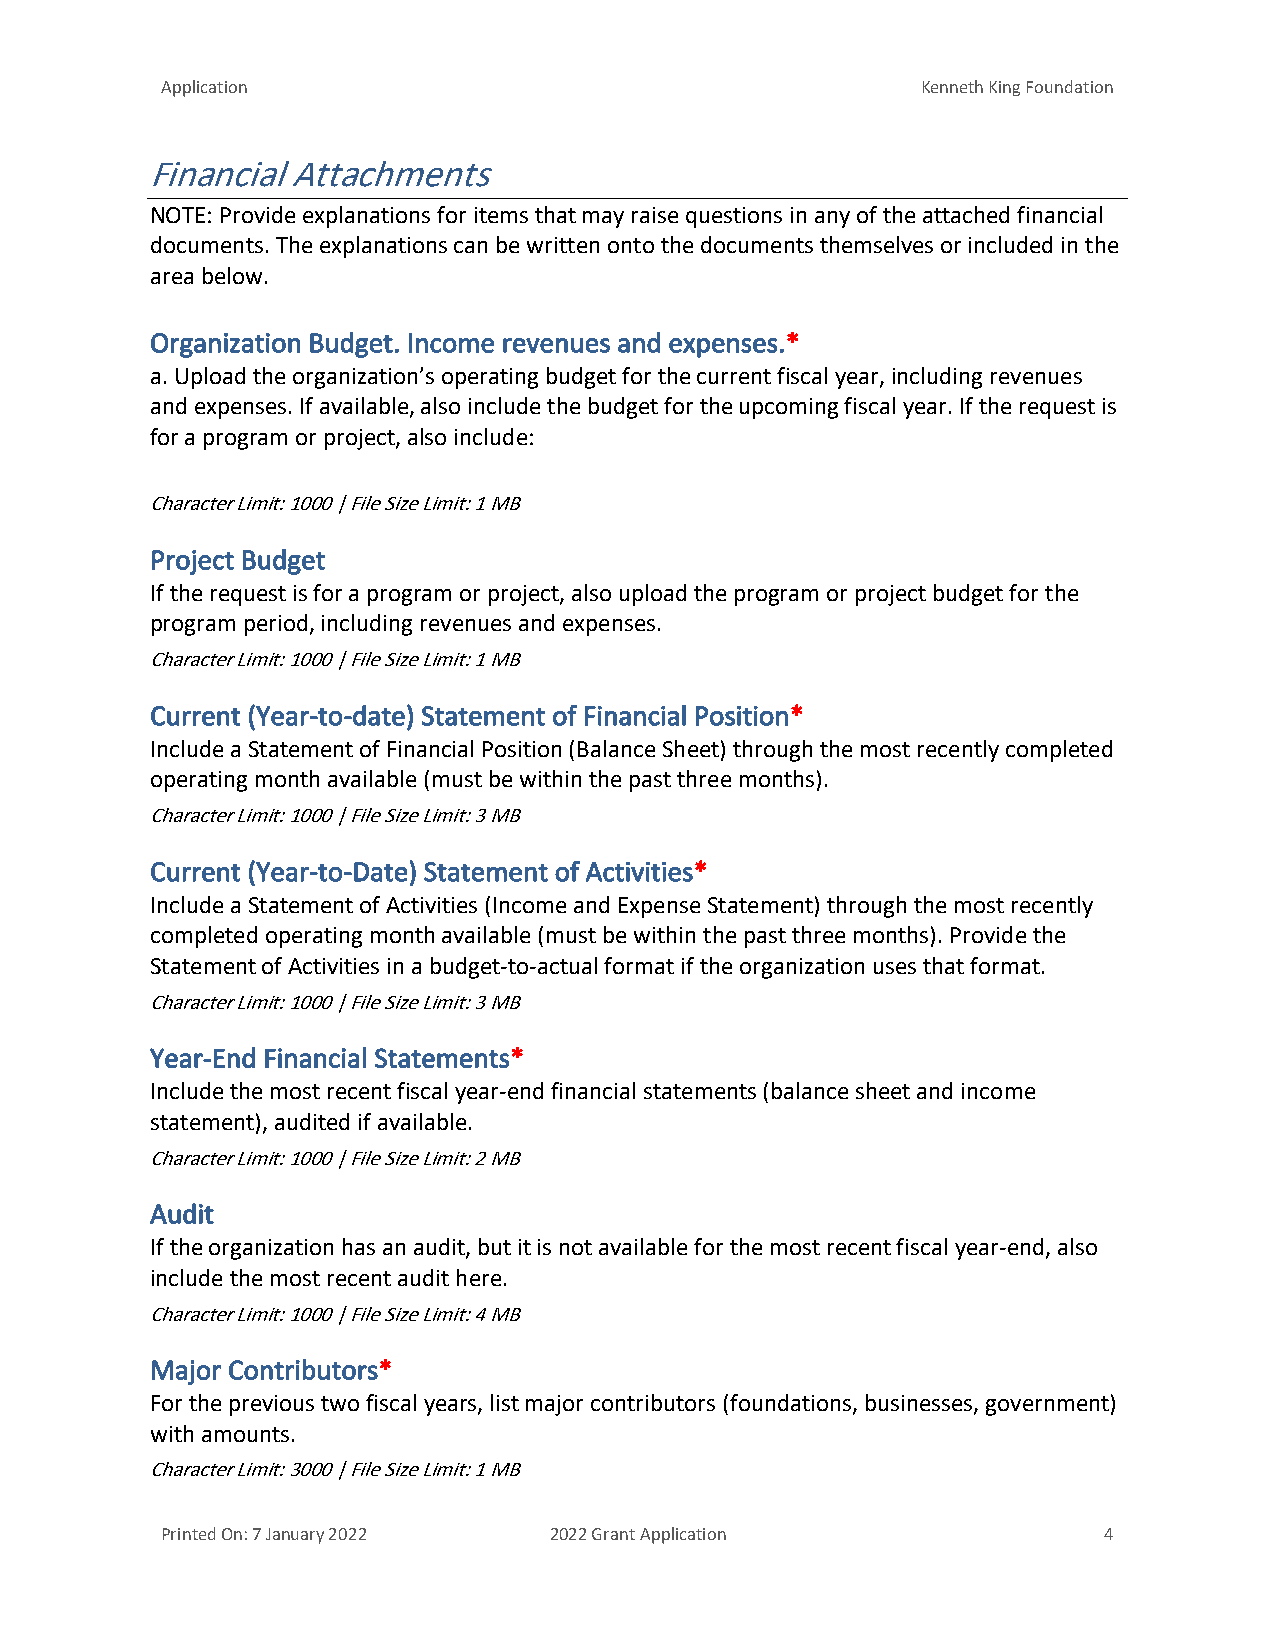
Application                                       Kenneth King Foundation
 Financial Attachments
 NOTE: Provide explanations for items that may raise questions in any of the attached financial
 documents. The explanations can be written onto the documents themselves or included in the
 area below.
 Organization Budget. Income revenues and expenses.*
 a. Upload the organization’s operating budget for the current fiscal year, including revenues
 and expenses. If available, also include the budget for the upcoming fiscal year. If the request is
 for a program or project, also include:
 Character Limit: 1000 | File Size Limit: 1 MB
 Project Budget
 If the request is for a program or project, also upload the program or project budget for the
 program period, including revenues and expenses.
 Character Limit: 1000 | File Size Limit: 1 MB
 Current (Year-to-date) Statement of Financial Position*
 Include a Statement of Financial Position (Balance Sheet) through the most recently completed
 operating month available (must be within the past three months).
 Character Limit: 1000 | File Size Limit: 3 MB
 Current (Year-to-Date) Statement of Activities*
 Include a Statement of Activities (Income and Expense Statement) through the most recently
 completed operating month available (must be within the past three months). Provide the
 Statement of Activities in a budget-to-actual format if the organization uses that format.
 Character Limit: 1000 | File Size Limit: 3 MB
 Year-End Financial Statements*
 Include the most recent fiscal year-end financial statements (balance sheet and income
 statement), audited if available.
 Character Limit: 1000 | File Size Limit: 2 MB
 Audit
 If the organization has an audit, but it is not available for the most recent fiscal year-end, also
 include the most recent audit here.
 Character Limit: 1000 | File Size Limit: 4 MB
 Major Contributors*
 For the previous two fiscal years, list major contributors (foundations, businesses, government)
 with amounts.
 Character Limit: 3000 | File Size Limit: 1 MB
 Printed On: 7 January 2022 2022 Grant Application             4